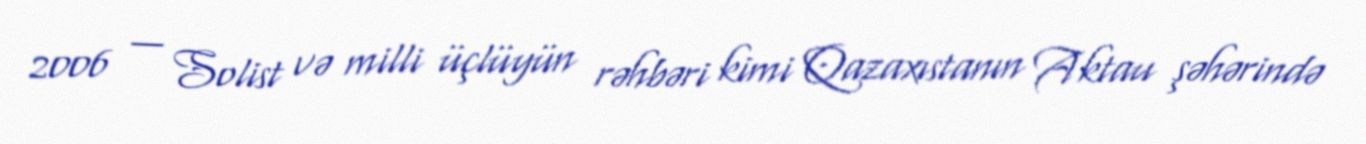
2006 — Solist və milli üçlüyün rəhbəri kimi Qazaxıstanın Aktau şəhərində